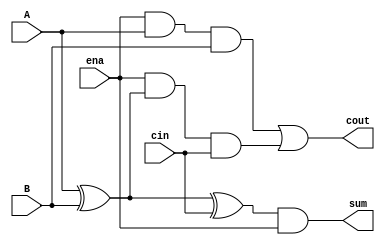
	module fulladder (sum,cout,cin,ena,A,B);
	input A, B, cin, ena;
	output cout, sum;

	wire t1, t2, t3, t4;

	xor (t1, A, B);
	xor (t2, t1, cin);
	and (t3, ena, A, B);
	and (t4, ena, t1, cin);
	or  (cout, t3, t4);
	and (sum, t2, ena);
	endmodule